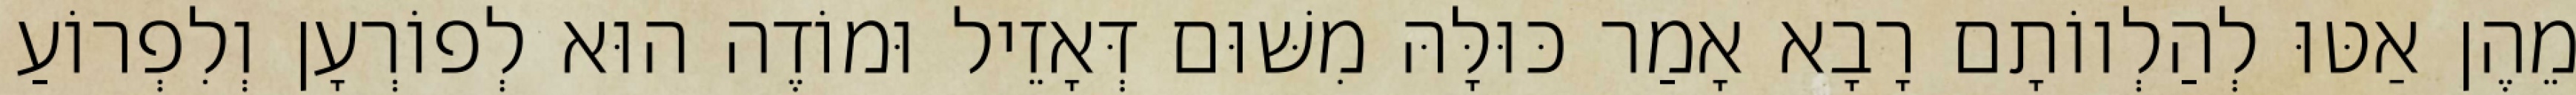
מֵהֶן אַטּוּ לְהַלְווֹתָם רָבָא אָמַר כּוּלָּהּ מִשּׁוּם דְּאָזֵיל וּמוֹדֶה הוּא לְפוֹרְעָן וְלִפְרוֹעַ